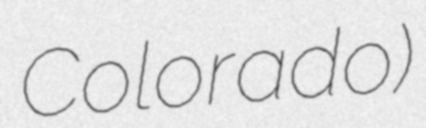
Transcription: Colorado)